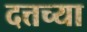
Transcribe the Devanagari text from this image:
दत्तच्या